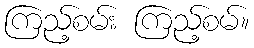
ကြည့်စမ်း ကြည့်စမ်။